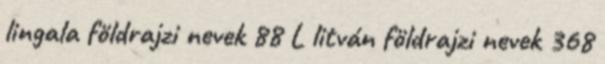
lingala földrajzi nevek‎ 88 L litván földrajzi nevek‎ 368